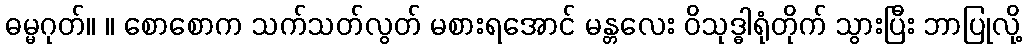
ဓမ္မဂုတ်။ ။ စောစောက သက်သတ်လွတ် မစားရအောင် မန္တလေး ဝိသုဒ္ဓါရုံတိုက် သွားပြီး ဘာပြုလို့